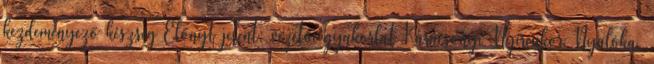
kezdeményező készség Előnyt jelent: vezetői gyakorlat Karácsonyi Nyírcukor Nyalóka,